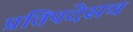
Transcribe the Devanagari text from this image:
प्रतिपदेसच